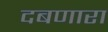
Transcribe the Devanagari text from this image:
दबणारा